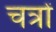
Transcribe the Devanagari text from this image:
चत्रों